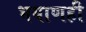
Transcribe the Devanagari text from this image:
भयाणही